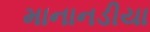
માનાનડીયા